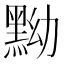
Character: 黝